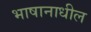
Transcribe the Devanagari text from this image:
भाषानाधील